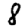
Digit: 8